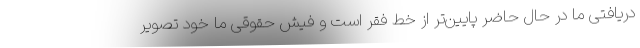
دریافتی ما در حال حاضر پایین‌تر از خط فقر است و فیش حقوقی ما خود تصویر